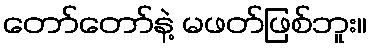
တော်တော်နဲ့ မဖတ်ဖြစ်ဘူး။